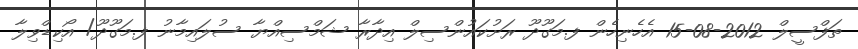
ތަފްސީލް 2012-08-15 އެހެނިހެން ފ.މަގޫދޫ ރަށުކައުންސިލް އިދާރާ ޝަމްސިއްޔާ ސުލައިމާނު ފ.މަގޫދޫ/ އޯކިޑްވިލާ